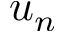
u _ { n }